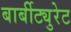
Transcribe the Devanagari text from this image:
बार्बीट्युरेट